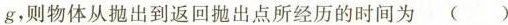
g，则物体从抛出到返回抛出点所经历的时间为 ( )